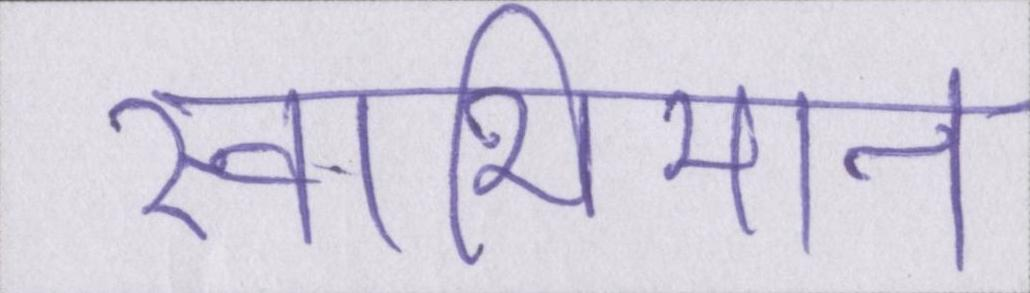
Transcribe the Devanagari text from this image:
स्वाभिमान